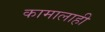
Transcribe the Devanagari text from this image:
कामालाही